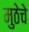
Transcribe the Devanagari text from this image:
मुठेचे